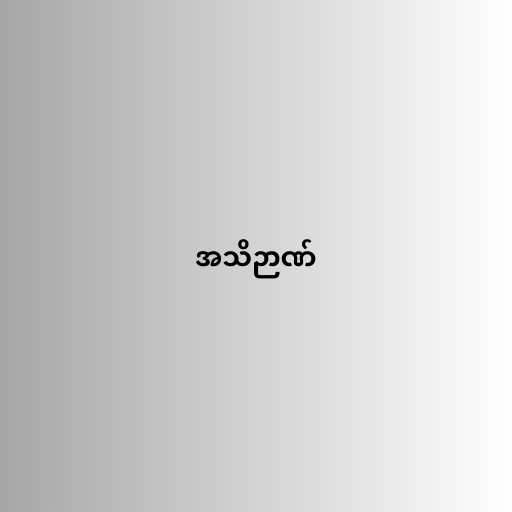
အသိဉာဏ်